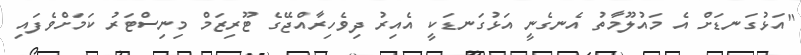
"އަޅުގަނޑަށް އެ މައުލޫމާތު އެނގެނީ އަޅުގަނޑަކީ އެއިރު ދިވެހިރާއްޖޭގެ ޓޫރިޒަމް މިނިސްޓަރު ކަމަށްވެފައި